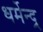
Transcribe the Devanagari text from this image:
धर्मेन्द्र्